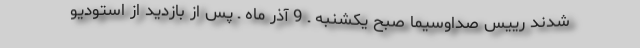
شدند رییس صداوسیما صبح یکشنبه ـ 9 آذر ماه ـ پس از بازدید از استودیو